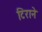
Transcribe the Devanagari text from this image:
टिराने